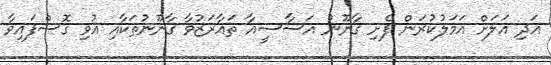
އަދި އަލަށް އަމަލުކުރަން ފެށި ގާނޫނު އަސާސީއާ ތައާރަޒުވާ ގާނޫނުތަކާއި އުވި ގޮސްފައިވާ